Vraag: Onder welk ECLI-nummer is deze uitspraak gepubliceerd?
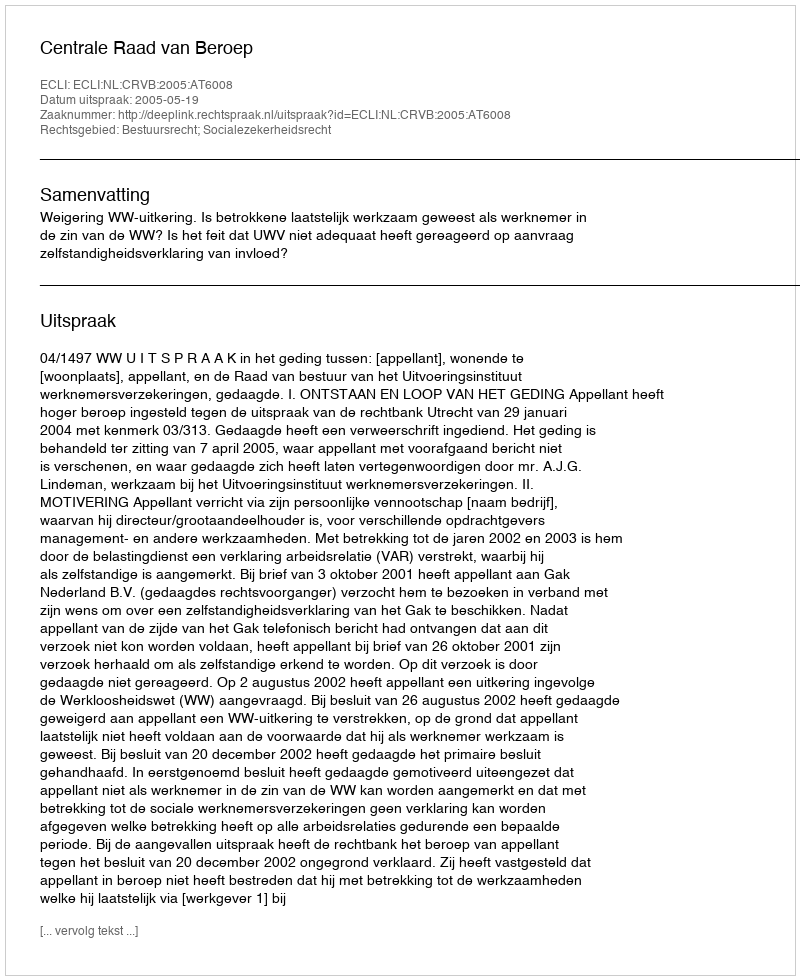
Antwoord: ECLI:NL:CRVB:2005:AT6008